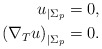
\begin{align*}u_{|\Sigma_p} &= 0, \\\left(\nabla_T u \right)_{|\Sigma_p} &=0. \end{align*}